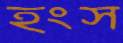
হংস